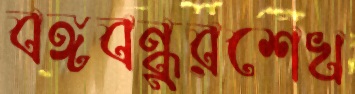
বঙ্গবন্ধুরশেখ